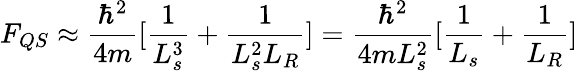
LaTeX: F_{QS}\approx\frac{\hbar^{2}}{4m}[\frac{1}{L_{s}^{3}}+\frac{1}{L_{s}^{2}L_{R}}]=\frac{\hbar^{2}}{4mL_{s}^{2}}[\frac{1}{L_{s}}+\frac{1}{L_{R}}]